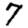
Digit: 7